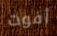
أفوت